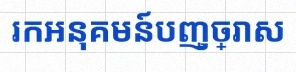
រកអនុគមន៍បញ្ច្រាស